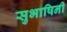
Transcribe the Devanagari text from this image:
सुभाषिनी